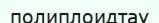
полиплоидтау